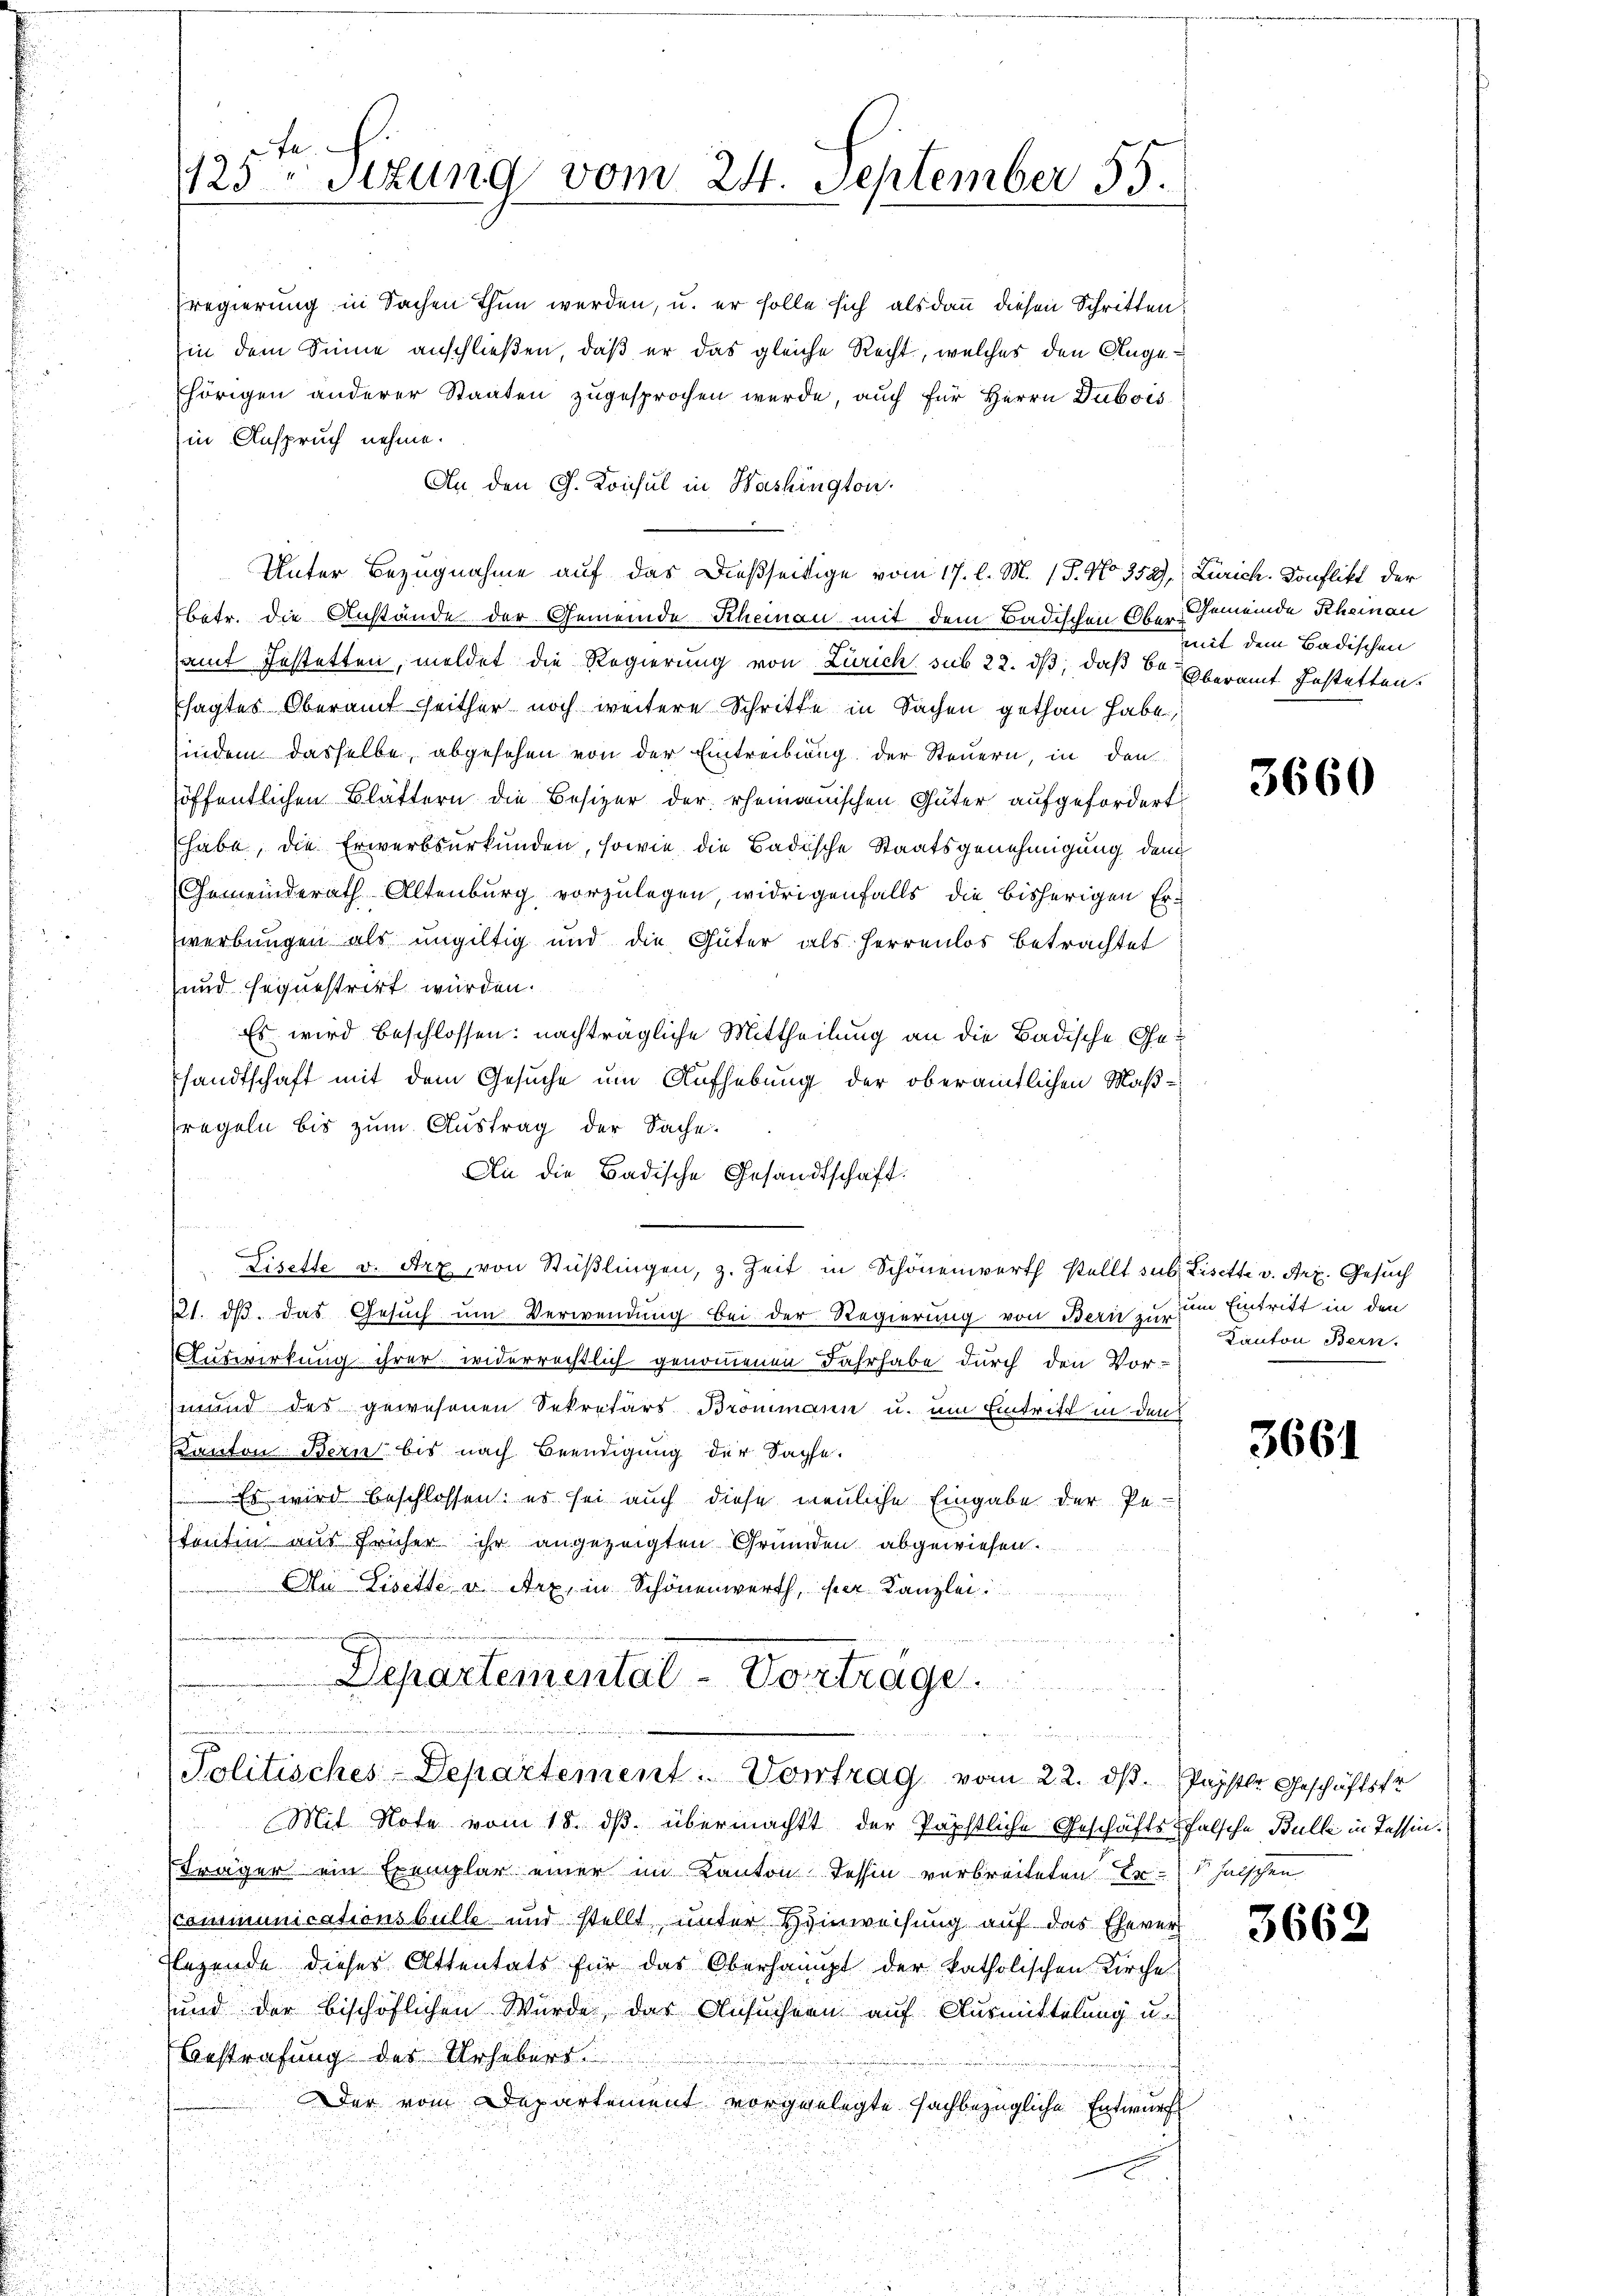
125 Stzung vom 24. September 55.

in Anspruch nehme.
An den G. Konsul in Washington.
Unter Bezugnahme auf das Dießseitige vom 17. l. M. 17. No. 352), Zürich. Konflikt der
betr. die Anstände der Gemeinde Rheinau mit dem Badischen Ober Gemeinde Rheinau
samt festatten, meldet die Regierung von Zürich sub 22. ds, daß der Oberamt Gestatten.
sagtes Oberamt seither noch weitere Schritte in Sachen gethan habe,
indem dasselbe, abgesehen von der Eintreibung der Steuern, in den
öffentlichen Blättern die Besizer der rheinauischen Güter aufgefordert
habe, die Erwerbsurkunden, sowie die Badische Staatsgenehmigung den
Gemeinderath Altenburg vorzulegen, widrigenfalls die bisherigen Erwerbungen als ungültig und die Güter als Herrenlos betrachtet
und sequestrirt würden.
Es wird beschlossen: nachträgliche Mittheilung an die Badische Gesandtschaft mit dem Gesuche um Aufhebung der oberamtlichen Maßregeln bis zum Austrag der Sache.
An die Badische Gesandtschaft.
Fisette v. Arz, von Stüßlingen, z. Zeit in Schönenwerth stellt sub. Lisette v. Art. Gesuch
221. ds. das Gesuch um Verwendung bei der Regierung von Bern zu um Eintritt in den
Auswirkung ihrer widerrechtlich genommenen Jahrhabe durch den Vor-
mund des gewesenen Sekretärs Brommann u. um Eintrift in den
Kanton Bern bis nach Beendigung der Sache.
Es wird beschlossen: es sei auch diese neuliche Eingabe der Pe-
tentin aus früher ihr angezeigten Gründen abgewiesen.
Au Lisette u. Arx, in Schönenwerth, per Kanzlei

Departemental - Vorträge.
i
e
wer eine zu setzen werde einen un

sregierung in Sachen thun werden, u. er solle sich alsdann diesen Schritten
in dem Sinne anschließen, daß er das gleiche Recht, welches den Angehörigen anderer Staaten zugesprochen wurde, auch für Herrn Dubois

Politisches Departement: Vortrag vom 22. ds. sagste Geschäftstr

mit dem Badischen

Mit Note vom 18. ds. übermachtt der Päpstliche Geschäftsfalsche Bulle in Tessin.
Fräger ein Exemplar einer im Kanton Tessin verbreiteten Erhalschen
Kommunicationsbülle und stellt, unter Hinweisung auf das Ehever
legende dieses Attentats für das Oberhaupt der katholischen Kirche
und der bischöflichen Würde, das Ansuchern auf Ausmittelung u.
Bestrafung des Urhebers
Der vom Departement vorgelegte sachbezügliche Entwurf

3660

Kanton Bern.

3661

3662